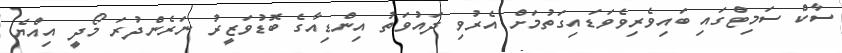
ސާކް ސަމިޓްގައި ބައިވެރިވެވަޑައިގަތުމަށް އެރުވި ދައުވަތު އިންޑިއާގެ ބޮޑުވަޒީރު ނަރެންދުރަ މޯދީ އިއްޔެ